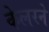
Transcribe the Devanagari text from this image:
केलरने